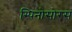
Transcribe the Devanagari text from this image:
स्‍पिनोसोरस